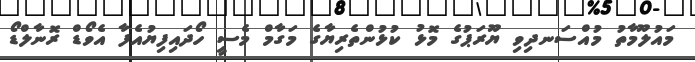
މައުލޫމާތު މުއްސަނދިވި ޔޫރަޕުގެ މޮޅު ކުޅުންތެރިޔާގެ މަގާމް މެސީ ހޯދައިފިޔުއެފާ އެވޯޑް ރޮނާލްޑޯ